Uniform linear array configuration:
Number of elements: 48
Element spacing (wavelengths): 1
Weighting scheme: hamming
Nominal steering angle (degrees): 30
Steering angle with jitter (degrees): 28.228
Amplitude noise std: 0.05
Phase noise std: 0.05

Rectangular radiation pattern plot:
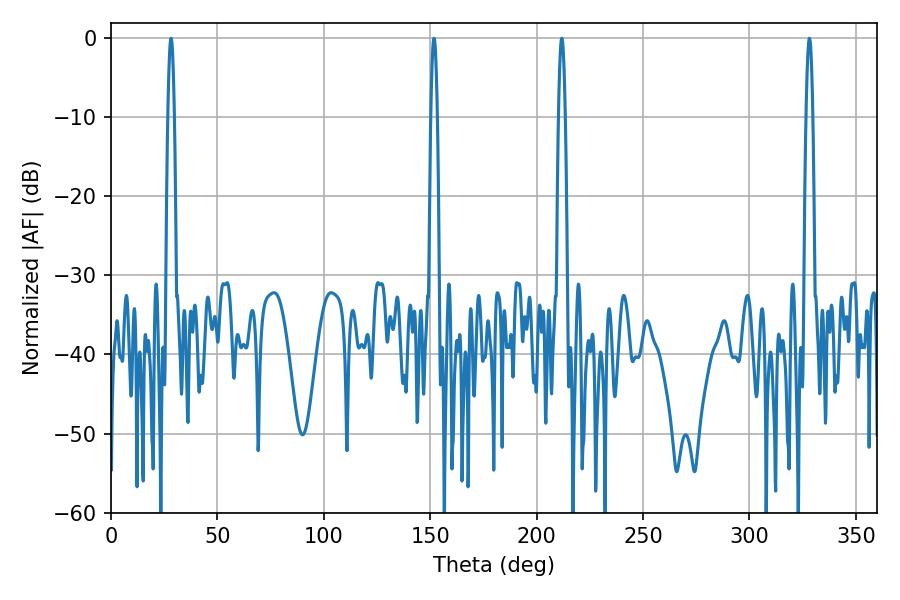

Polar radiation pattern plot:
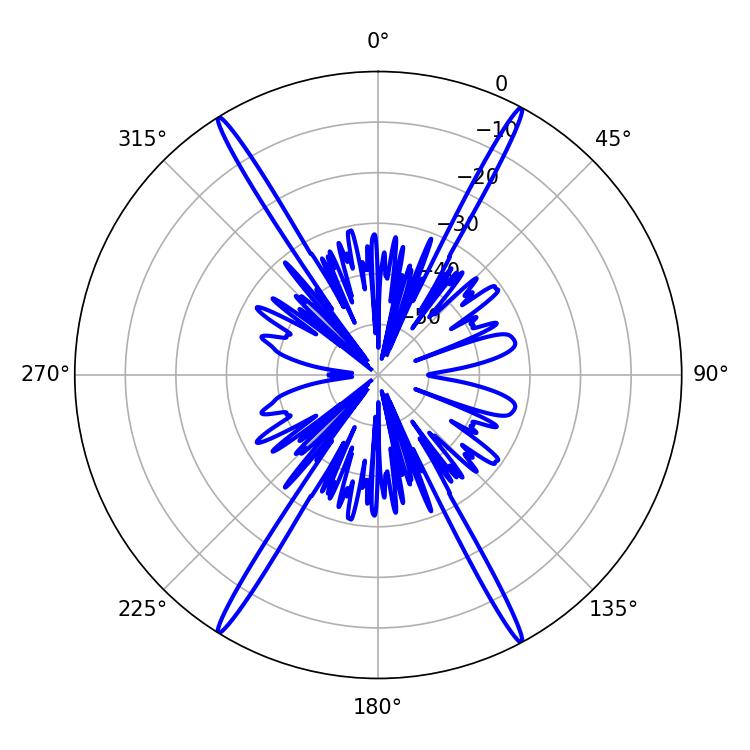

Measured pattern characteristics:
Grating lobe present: TRUE
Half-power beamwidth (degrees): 1.62
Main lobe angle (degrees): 211.86